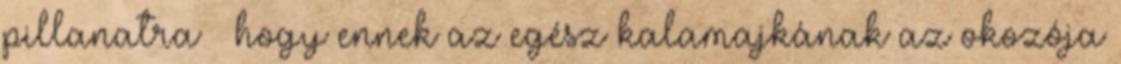
pillanatra – hogy ennek az egész kalamajkának az okozója